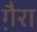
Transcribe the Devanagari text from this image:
गै़रा